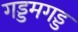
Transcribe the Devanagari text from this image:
गड्डमगड्ड